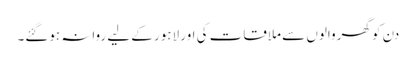
دن کو گھروالوں سے ملاقات کی اور لاہور کے لیے روانہ ہوگئے۔